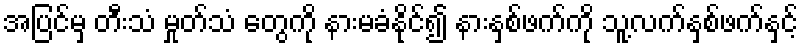
အပြင်မှ တီးသံ မှုတ်သံ တွေကို နားမခံနိုင်၍ နားနှစ်ဖက်ကို သူ့လက်နှစ်ဖက်နှင့်